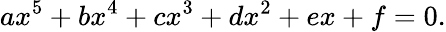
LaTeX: ax^{5}+bx^{4}+cx^{3}+dx^{2}+ex+f=0.